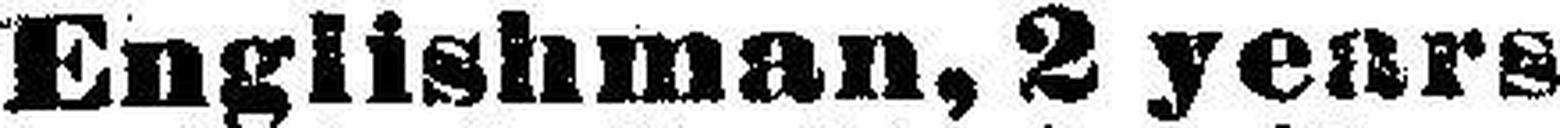
Englishman, 2 years